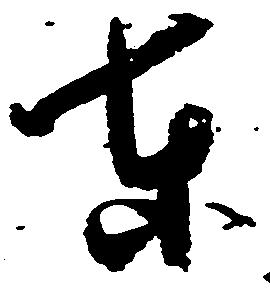
東